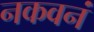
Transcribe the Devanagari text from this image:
नकवनं